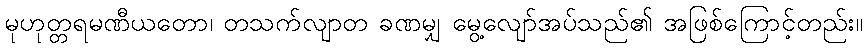
မုဟုတ္တရမဏီယတော၊ တသက်လျာတ ခဏမျှ မွေ့လျော်အပ်သည်၏ အဖြစ်ကြောင့်တည်း။